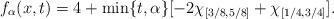
LaTeX: \begin{align*} f_\alpha (x,t)= 4 + \min\{t,\alpha\}[-2\chi_{[3/8,5/8]}+\chi_{[1/4,3/4]}].\end{align*}